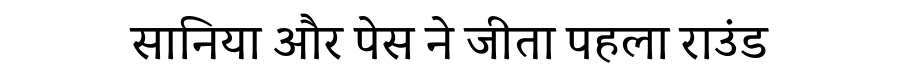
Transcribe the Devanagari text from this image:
सानिया और पेस ने जीता पहला राउंड